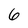
Character: 6